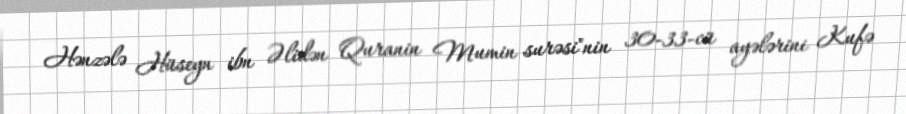
Hənzələ Hüseyn ibn Əlidən Quranin Mumin surəsi"nin 30-33-cü ayələrini Kufə